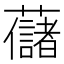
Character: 𧄔